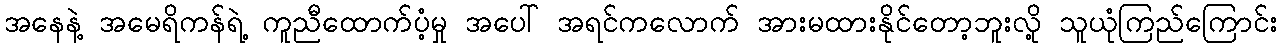
အနေနဲ့ အမေရိကန်ရဲ့ ကူညီထောက်ပံ့မှု အပေါ် အရင်ကလောက် အားမထားနိုင်တော့ဘူးလို့ သူယုံကြည်ကြောင်း